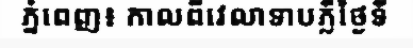
ភ្នំពេញ៖ កាលពីវេលាទាបភ្លឺថ្ងៃទី